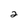
Character: 2